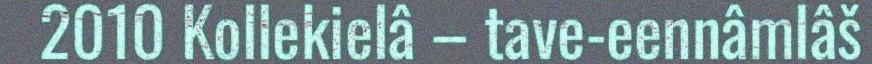
2010 Kollekielâ – tave-eennâmlâš